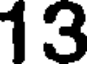
13